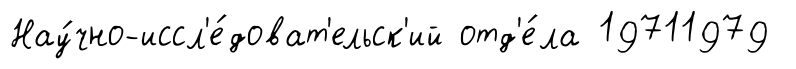
Нау́чно-иссл'е́доват'ельск'ий отд'е́ла 19711979